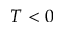
T < 0